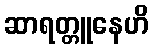
ဆာရတ္တူနေဟိ